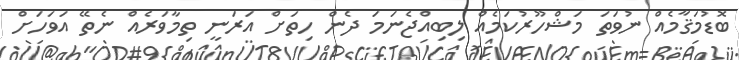
ބޮޑުމަޤާމެއް ނުވަތަ މަޝްހޫރުކަމެއް ލިބިއްޖެނަމަ ދެން ހިތަށް އަރަނީ ތިމާވަރެއް ނެތޭ އަވަހަށް